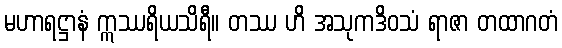
မဟာရဋ္ဌာနံ ဣဿရိယသိရီ။ တဿ ဟိ အသုကဒိဝသံ ရာဇာ တထာဂတံ